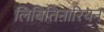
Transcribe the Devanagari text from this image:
लिबितिनारियन